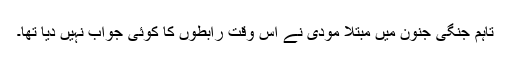
تاہم جنگی جنون میں مبتلا مودی نے اس وقت رابطوں کا کوئی جواب نہیں دیا تھا۔